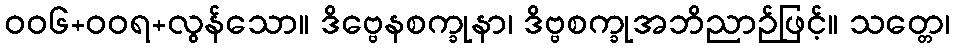
ဝဝ၆+ဝဝရ+လွန်သော။ ဒိဗ္ဗေနစက္ခုနာ၊ ဒိဗ္ဗစက္ခုအဘိညာဉ်ဖြင့်။ သတ္တေ၊